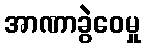
အာဏာခွဲဝေမှု